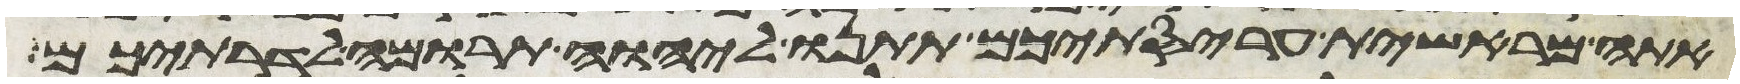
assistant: אתה מראשית עריסתיכם תתנו ליהוה תרומה לדרתיכם